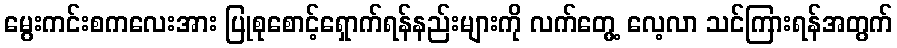
မွေးကင်းစကလေးအား ပြုစုစောင့်ရှောက်ရန်နည်းများကို လက်တွေ့ လေ့လာ သင်ကြားရန်အတွက်